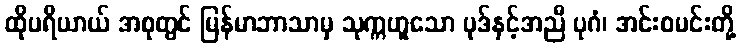
ထိုပရိယာယ် အစုတွင် မြန်မာဘာသာမှ သုက္ကဟူသော ပုဒ်နှင့်အညီ ပုဂံ၊ အင်းဝမင်းတို့